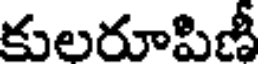
కులరూపిణీ